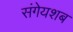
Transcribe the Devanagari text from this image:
संगेयशब